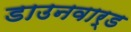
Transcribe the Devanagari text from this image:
डाउनवार्ड